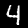
Label: 4